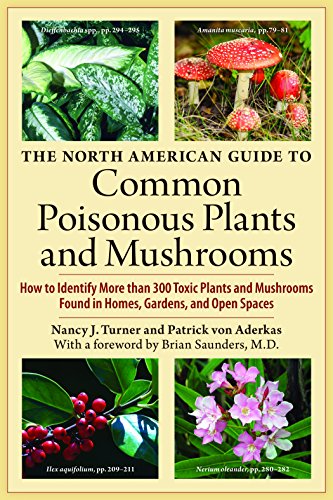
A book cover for The North American Guide to Common Poisonous Plants and Mushrooms; Nancy J. Turner; Medical Books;